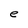
Character: e